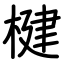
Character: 楗